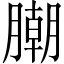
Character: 𣎢